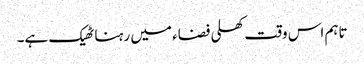
تاہم اس وقت کھلی فضاء میں رہنا ٹھیک ہے۔